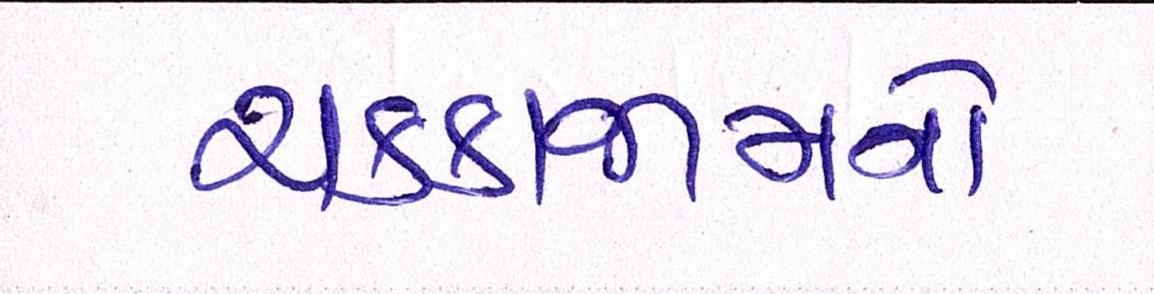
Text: ચક્કાજામનો